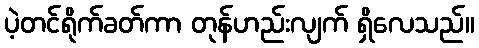
ပဲ့တင်ရိုက်ခတ်ကာ တုန်ဟည်းလျက် ရှိလေသည်။